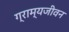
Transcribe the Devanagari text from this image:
ग्राम्यजीवन